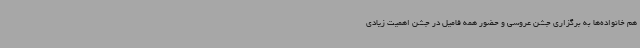
هم خانواده‌ها به برگزاری جشن عروسی و حضور همه فامیل در جشن اهمیت زیادی